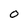
Character: O